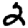
Digit: 2